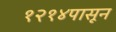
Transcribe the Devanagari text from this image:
१२१४पासून